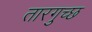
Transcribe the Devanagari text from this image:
तारगुच्छ